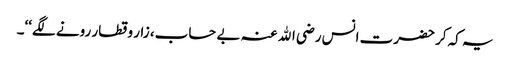
یہ کہ کر حضرت انس رضی اﷲ عنہ بے حساب، زار و قطار رونے لگے‘‘۔